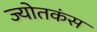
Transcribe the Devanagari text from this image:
ज्योतकंस